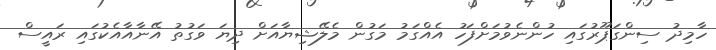
ހާމިދު ސިންގަޕޫރުގައި ހުންނެވުމަށްފަހު އެއްގަމު މަގުން މެލޭޝިޔާއަށް ދިޔަ ވަގުތު އޭނާއާއެކުގައި ރައީސް